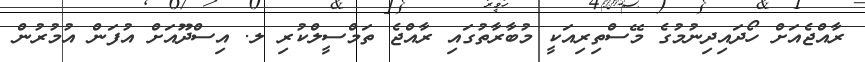
ރާއްޖެއަށް ހޯދައިދިނުމުގެ މޭސްތިރިއަކީ މުބާރާތުގައި ރާއްޖެ ތަމްސީލްކުރި ލ. އިސްދޫއަށް އުފަން އުމުރުން